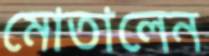
মোতালেন